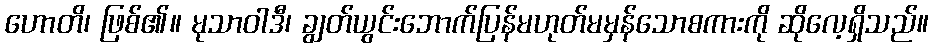
ဟောတိ၊ ဖြစ်၏။ မုသာဝါဒီ၊ ချွတ်ယွင်းဘောက်ပြန်မဟုတ်မမှန်သောစကားကို ဆိုလေ့ရှိသည်။